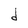
Character: d